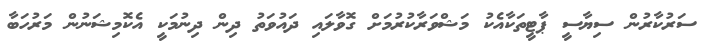
ސަރުކާރުން ސިޔާސީ ޕާޓީތަކާއެކު މަޝްވަރާކުރުމަށް ގޮވާލައި ދައުވަތު ދިން ދިނުމަކީ އެކޮމިޝަނުން މަރުހަބާ